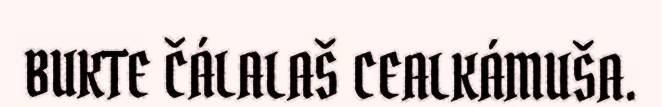
BUKTE ČÁLALAŠ CEALKÁMUŠA.